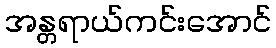
အန္တရာယ်ကင်းအောင်